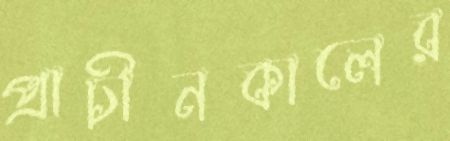
প্রাচীনকালের